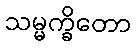
သမ္မက္ခိတော